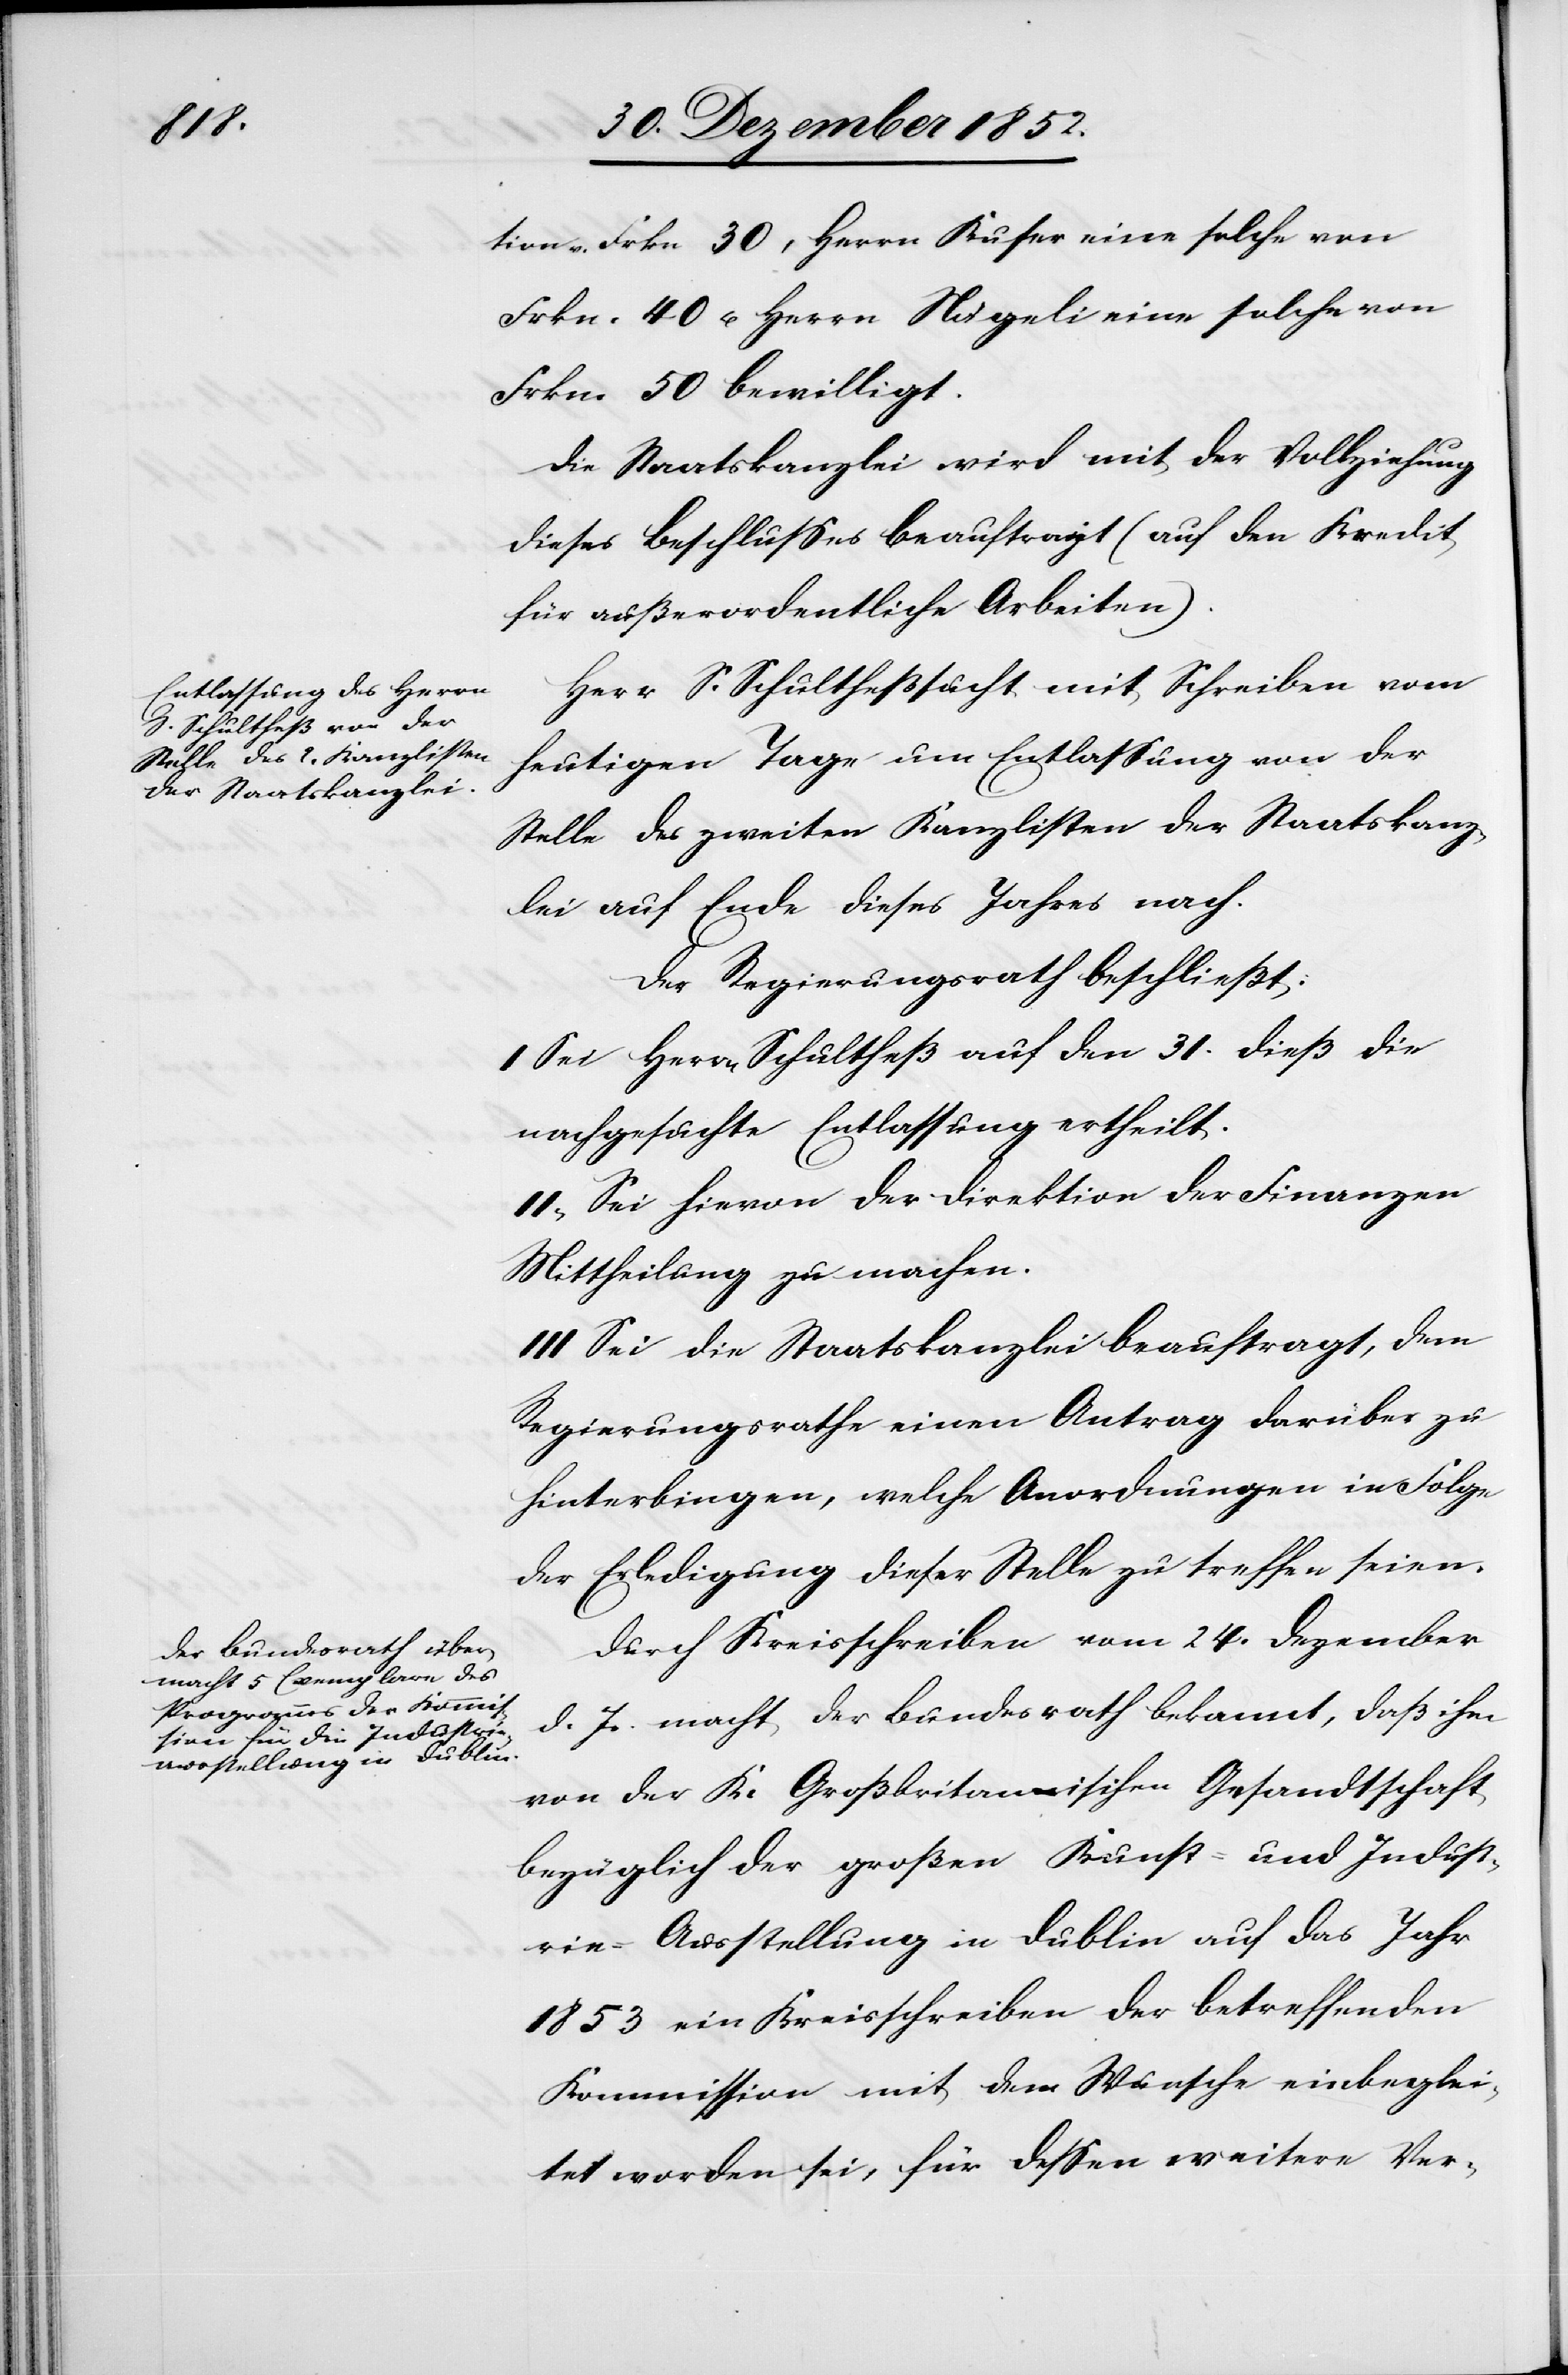
tion v. Frkn. 30, Herrn Kuser eine solche von
Frkn. 40 u. Herrn Nägeli eine solche von
Frkn. 50 bewilligt.
Die Staatskanzlei wird mit der Vollziehung
dieses Beschlusses beauftragt (auf den Kredit
für außerordentliche Arbeiten).
Herr S. Schultheß sucht mit Schreiben vom
heutigen Tage um Entlassung von der
Stelle des zweiten Kanzlisten der Staatskanz¬
lei auf Ende dieses Jahres nach.
Der Regierungsrath beschließt:
I Sei Herrn Schultheß auf den 31. dieß die
nachgesuchte Entlassung ertheilt.
II, Sei hievon der Direktion der Finanzen
Mittheilung zu machen.
III Sei die Staatskanzlei beauftragt, dem
Regierungsrathe einen Antrag darüber zu
hinterb[r]ingen, welche Anordnungen in Folge
der Erledigung dieser Stelle zu treffen seien.
Durch Kreisschreiben vom 24. Dezember
d. Js. macht der Bundesrath bekannt, daß ihm
von der K. Großbritanischen Gesandtschaft
bezüglich der großen Kunst- und Indust¬
rie-Ausstellung in Dublin auf das Jahr
1853 ein Kreisschreiben der betreffenden
Kommission mit dem Wunsche einbeglei¬
tet worden sei, für dessen weitere Ver-